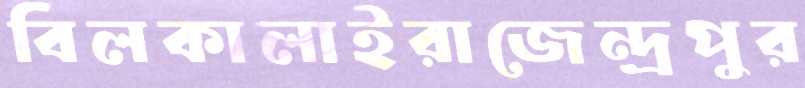
বিলকালাইরাজেন্দ্রপুর